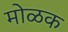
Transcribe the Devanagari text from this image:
मोळक